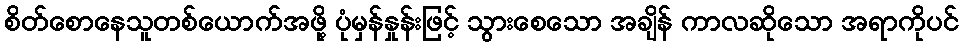
စိတ်စောနေသူတစ်ယောက်အဖို့ ပုံမှန်နှုန်းဖြင့် သွားစေသော အချိန် ကာလဆိုသော အရာကိုပင်